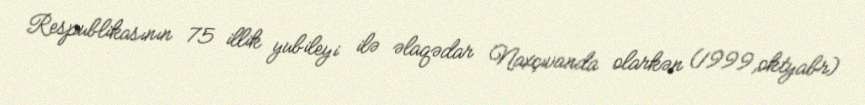
Respublikasının 75 illik yubileyi ilə əlaqədar Naxçıvanda olarkən (1999,oktyabr)